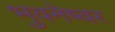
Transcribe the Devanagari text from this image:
भुवनेष्वर